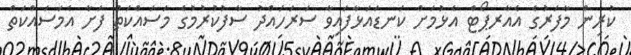
ކުރިން މާފަރުގެ އެެއާރޕޯޓް އެޅުމަށް ކަނޑައަޅާފައިވާ ސަރަހައްދު ސާފުކުރުމުގެ މަސައްކަތް ފަށާ އެމަސައްކަތް